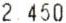
2.450